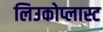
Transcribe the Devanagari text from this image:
लिउकोप्लास्ट